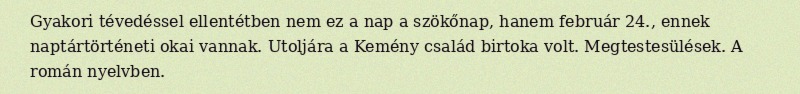
Gyakori tévedéssel ellentétben nem ez a nap a szökőnap, hanem február 24., ennek naptártörténeti okai vannak. Utoljára a Kemény család birtoka volt. Megtestesülések. A román nyelvben.